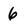
Character: 6